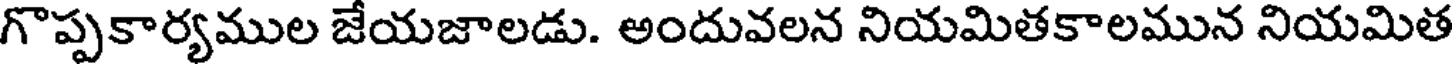
గొప్పకార్యముల జేయజాలడు. అందువలన నియమితకాలమున నియమిత